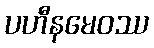
ပဟီနမေဝဿ